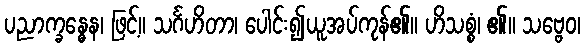
ပညာက္ခန္ဓေန၊ ဖြင့်။ သင်္ဂဟိတာ၊ ပေါင်း၍ယူအပ်ကုန်၏။ ဟိသစ္စံ၊ ၏။ သဗ္ဗေဝ၊